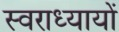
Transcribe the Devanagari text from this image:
स्वराध्यायों